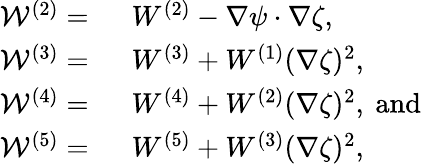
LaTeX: \begin{array}{rl}{\mathcal{W}^{(2)}=~}&{W^{(2)}-\nabla\psi\cdot\nabla\zeta,~}\\ {\mathcal{W}^{(3)}=~}&{W^{(3)}+W^{(1)}(\nabla\zeta)^{2},}\\ {\mathcal{W}^{(4)}=~}&{W^{(4)}+W^{(2)}(\nabla\zeta)^{2},~\mathrm{and}~}\\ {\mathcal{W}^{(5)}=~}&{W^{(5)}+W^{(3)}(\nabla\zeta)^{2},}\end{array}